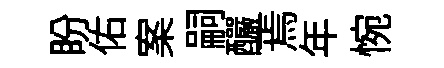
盼佑案嗣釅焉年惋